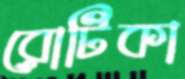
রোটিকা